Civil Veterinary Department ledger series I-VI
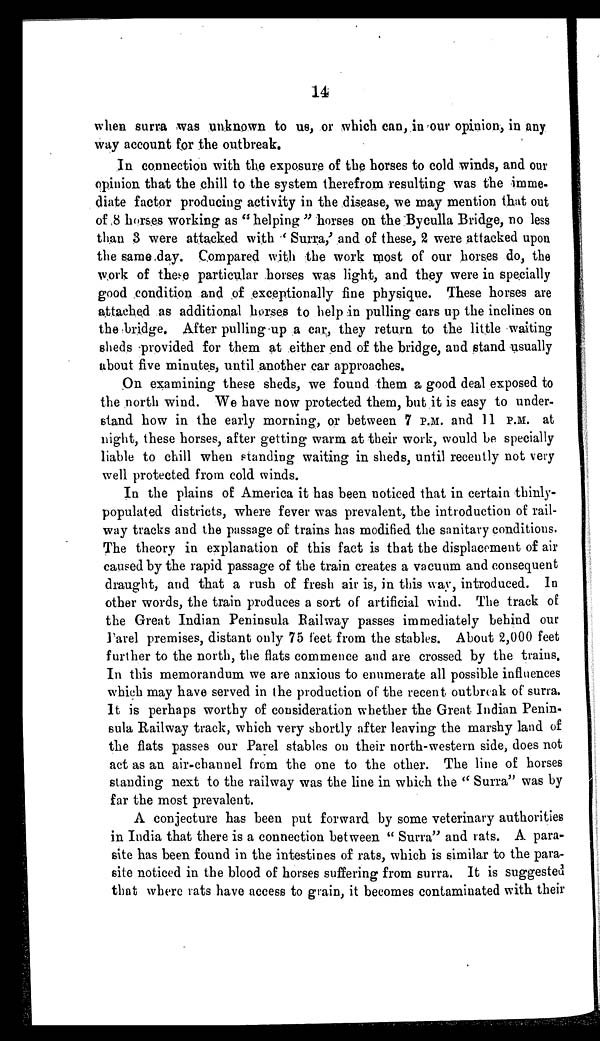
14
when surra was unknown to us, or which can, in our opinion, in any
way account for the outbreak.
In connection with the exposure of the horses to cold winds, and our
opinion that the chill to the system therefrom resulting was the imme-
diate factor producing activity in the disease, we may mention that out
of 8 horses working as "helping" horses on the Byculla Bridge, no less
than 3 were attacked with 'Surra,' and of these, 2 were attacked upon
the same day. Compared with the work most of our horses do, the
work of these particular horses was light, and they were in specially
good condition and of exceptionally fine physique. These horses are
attached as additional horses to help in pulling cars up the inclines on
the bridge. After pulling up a car, they return to the little waiting
sheds provided for them at either end of the bridge, and stand usually
about five minutes, until another car approaches.
On examining these sheds, we found them a good deal exposed to
the north wind. We have now protected them, but it is easy to under-
stand how in the early morning, or between 7 P.M. and 11 P.M. at
night, these horses, after getting warm at their work, would be specially
liable to chill when standing waiting in sheds, until recently not very
well protected from cold winds.
In the plains of America it has been noticed that in certain thinly-
populated districts, where fever was prevalent, the introduction of rail-
way tracks and the passage of trains has modified the sanitary conditions.
The theory in explanation of this fact is that the displacement of air
caused by the rapid passage of the train creates a vacuum and consequent
draught, and that a rush of fresh air is, in this way, introduced. In
other words, the train produces a sort of artificial wind. The track of
the Great Indian Peninsula Bailway passes immediately behind our
Parel premises, distant only 75 feet from the stables. About 2,000 feet
further to the north, the flats commence and are crossed by the trains.
In this memorandum we are anxious to enumerate all possible influences
which may have served in the production of the recent outbreak of surra.
It is perhaps worthy of consideration whether the Great Indian Penin-
sula Railway track, which very shortly after leaving the marshy land of
the flats passes our Parel stables on their north-western side, does not
act as an air-channel from the one to the other. The line of horses
standing next to the railway was the line in which the "Surra" was by
far the most prevalent.
A conjecture has been put forward by some veterinary authorities
in India that there is a connection between "Surra" and rats. A para-
site has been found in the intestines of rats, which is similar to the para-
site noticed in the blood of horses suffering from surra. It is suggested
that where rats have access to grain, it becomes contaminated with their